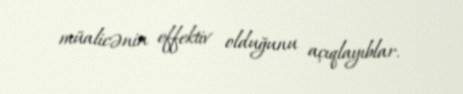
müalicənin effektiv olduğunu açıqlayıblar.